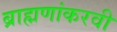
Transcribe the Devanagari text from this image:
ब्राह्मणांकरवी